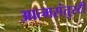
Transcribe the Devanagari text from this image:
आत्मसंतुस्टी